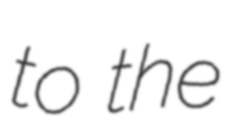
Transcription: to the